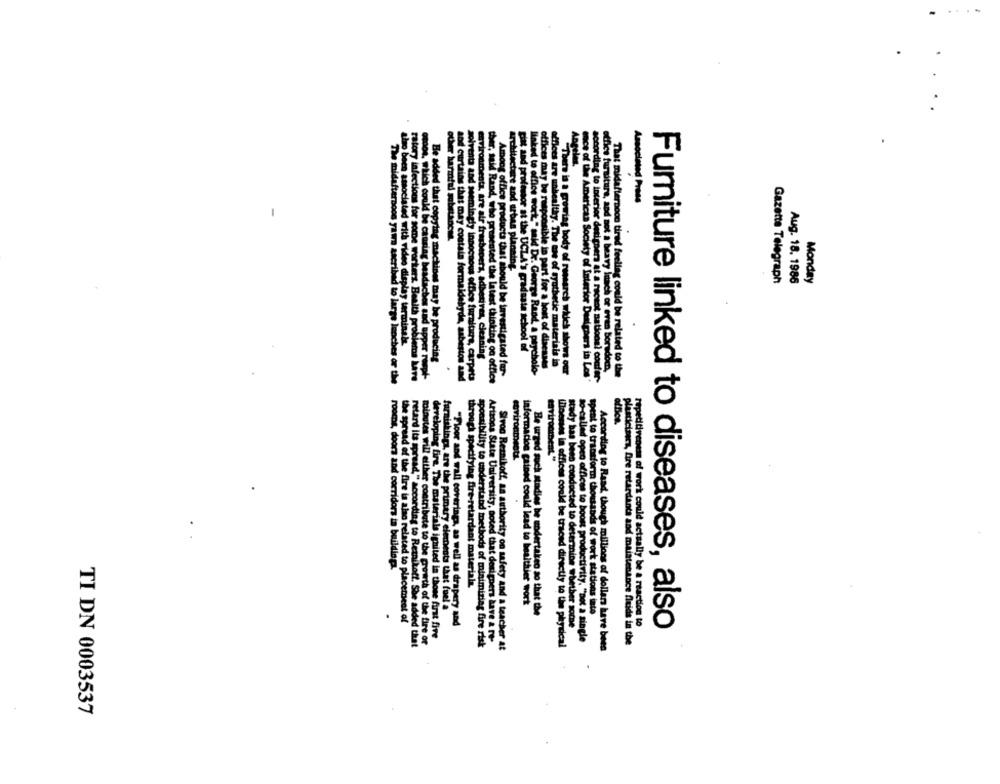
Angeles.
Associated Press
other harmful substances.
solventa and seemingly innocuous
Hitecture aod urban planning.
Gazette Telegraph
Aug. 18. 1986
Monday
also been associated with video display terminale.
plat and professor at the UCLA's graduate school of
Be added that copying machines may be producing
environments, are air fresheners, adhesivas, cleaning
offices may be responsible in part for a host of diseases
offices are unhealthy. The mas of synthetic materials in
hommenous office furniture, carpets
Among office products that should be investigated for-
linked to office work " said De. George Rand, a psycholo-
There is a growing body of ramsarch which shows our
ece of the American Society of Interior Designers in Los*
according to interior designers at a recent national confer
office furniture, and not a heavy latach or even Boredom,
That midafternoon tired feeling could be related to the
The midafternoon yawa ascribed to large lnoches or the
ratory infections for some workers. Benith problems Lave
omoos, which could be causing beadaches and upper roept-
and curtains that may contain formaldehyde, asbestos and
ther, said Rand, who presented the latest thinking on office
coviroamenti
environment "
Arizona State Unire
rooms, doors and corridors in buildingi.
through specifying fire-retardant materiala.
information gained could lead to healthier work
furnishings, are the primary elenents that fuel a
Be urged soch studies be undertaken so that the
the spread of the fire is also related to placement of
spent to transform thousands of work stations into
"Floor and wall coveringa, as well as drapery and
study has been conducted to determine whether some
er BorDe
Furniture linked to diseases, also
developing fire. The materials ignited in those first five
repetitivenem of work could actually be a reaction to
retard its spread," according to Reznikoff. She added that
minutes will either contribute to the growth of the fire or
spossibility to understand methods of minimizing fire risk
diversity, noted that designers have & re-
Ioesses in offices could be traced directly to the physical
joost productivity. "not a single
Thaticlases, fre retardanta and maintenance fluida in the
Sivog Reznikoff, an authority on safety and a teacher at
According to Raad, though millions of dollars have been
TI DN 0003537